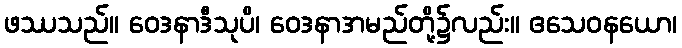
ဖဿသည်။ ဝေဒနာဒီသုပိ၊ ဝေဒနာအမည်တို့၌လည်း။ ဧသေဝနယော၊